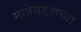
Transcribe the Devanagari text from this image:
मातेबद्दलच्या